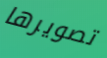
تصويرها